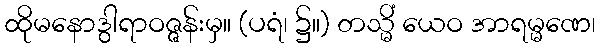
ထိုမနောဒွါရာဝဇ္ဇန်းမှ။ (ပရံ၊ ၌။) တသ္မိံ ယေဝ အာရမ္မဏေ၊